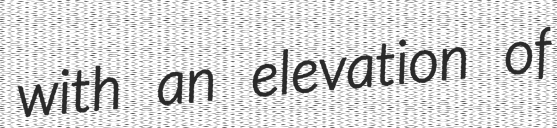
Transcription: with an elevation of